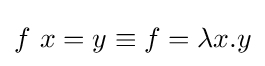
f\ x=y\equiv f=\lambda x.y